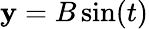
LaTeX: \mathbf{y}=B\sin(t)